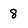
Character: 8